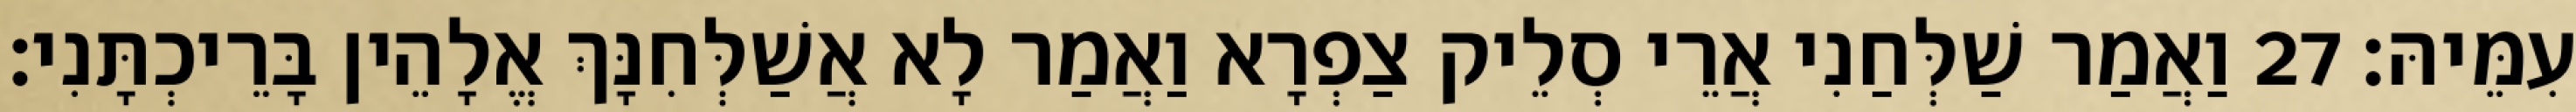
עִמֵּיהּ׃ 27 וַאֲמַר שַׁלְּחַנִי אֲרֵי סְלֵיק צַפְרָא וַאֲמַר לָא אֲשַׁלְּחִנָּךְ אֱלָהֵין בָּרֵיכְתָּנִי׃